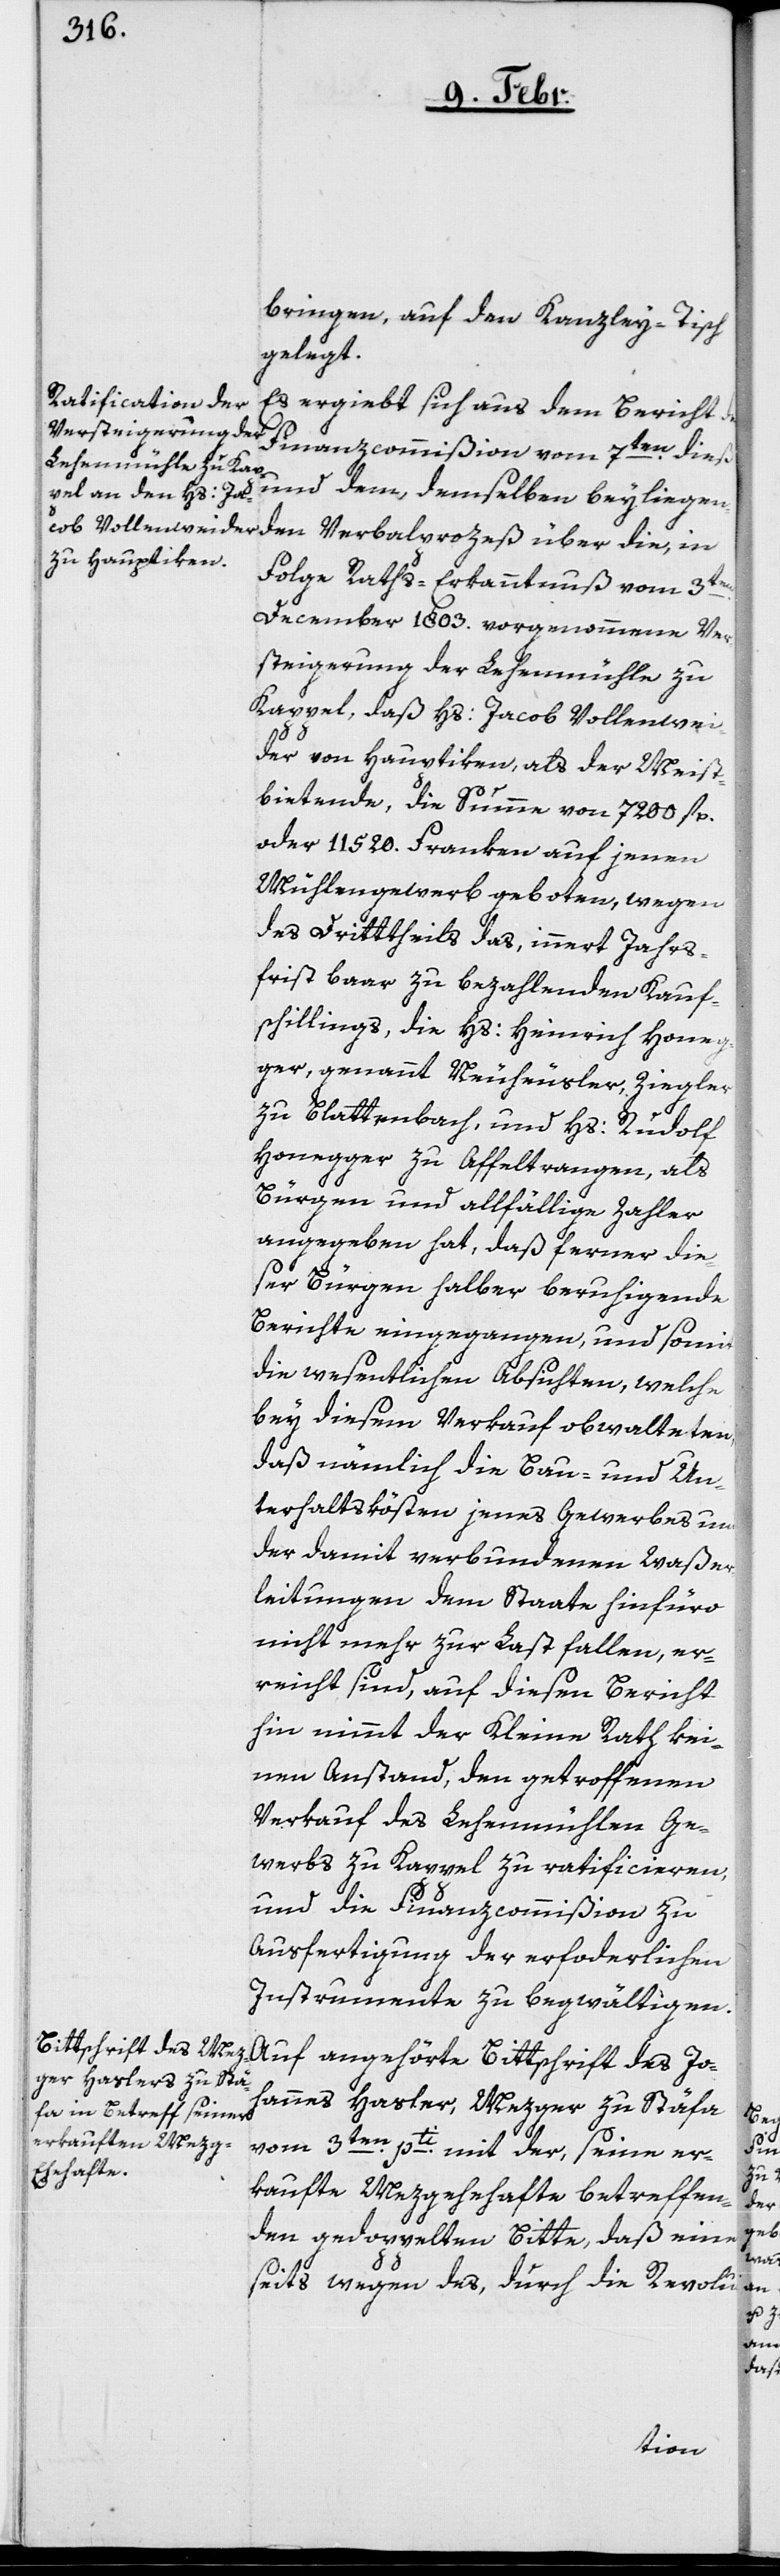
bringen, auf den Kanzley-Tisch
gelegt.
Es ergiebt sich aus dem Bericht
und dem, demselben beyliegenden
Folge Raths-Erkanntnuß vom 3ten.
December 1803. vorgenommene Ver¬
steigerung der Lehenmühle zu
Kappel, daß Hs: Jacob Vollenwei¬
der von Hauptiken, als der Meist¬
bietende, die Summe von 7200 fl.
oder 11520. Franken auf jenen
Mühlengewerb geboten, wegen
des Drittheils das, innert Jahrs¬
frist baar zu bezahlenden Kauf¬
schillings, die Hs: Heinrich Honeg¬
ger, genannt Neuhäusler, Ziegler
zu Blattenbach, und Hs: Rudolf
Honegger zu Affeltrangen, als
Bürgen und allfällige Zahler
angegeben hat, daß ferner die¬
ser Bürgen halber beruhigende
Berichte eingegangen, und somit
die wesentlichen Absichten, welche
bey diesem Verkauf obwalteten,
daß nämlich die Bau- und Un¬
terhaltskösten jenes Gewerbes und
der damit verbundenen Waßer¬
leitungen dem Staate hinfüro
nicht mehr zur Last fallen, er¬
reicht sind, auf diesen Bericht
hin nimmt der Kleine Rath kei¬
nen Anstand, den getroffenen
Verkauf des Lehenmühlen Ge¬
werbs zu Kappel zu ratificieren,
und die Finanzcommißion zu
Ausfertigung der erforderlichen
Instrumente zu begwältigen.
Auf angehörte Bittschrift des Joh¬
annes Hasler, Mezger zu Stäfa,
vom 3ten. pti. mit der, seine er¬
kaufte Mezgehehafte betreffen¬
den gedoppelten Bitte, daß eine¬
rseits wegen des, durch die Revolu-